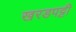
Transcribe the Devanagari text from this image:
खरडपट्टी